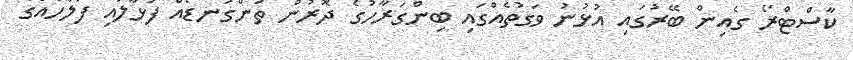
ކާސްޓްރޯ ގެއިން ބޭރުގައި އުޅުނު ވަގުތެއްގައި ބިންގަރާހުގެ ދޮރުން ތަންގަނޑެއް ފަޅާލައި ފުލުހެއްގެ